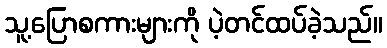
သူ့ပြောစကားများကို ပဲ့တင်ထပ်ခဲ့သည်။